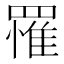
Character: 罹